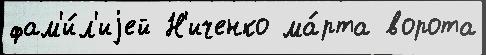
фам'и́л'иjей Н'иченко ма́рта ворота